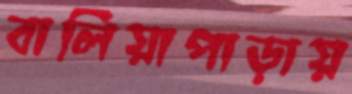
বালিয়াপাড়ায়